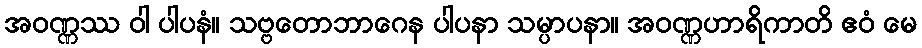
အဝဏ္ဏဿ ဝါ ပါပနံ။ သဗ္ဗတောဘာဂေန ပါပနာ သမ္ပာပနာ။ အဝဏ္ဏဟာရိကာတိ ဧဝံ မေ